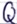
Text: Q